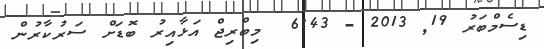
ޑިސެމްބަރު 19